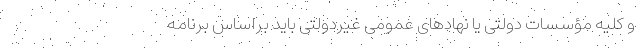
و کلیه مؤسسات دولتی یا نهادهای عمومی غیردولتی باید براساس برنامه